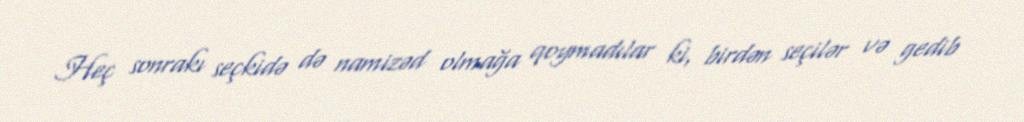
Heç sonrakı seçkidə də namizəd olmağa qoymadılar ki, birdən seçilər və gedib